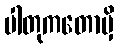
ပါတုကတောမှိ